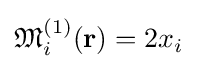
{\mathfrak {M}}_{i}^{(1)}(\mathbf {r} )=2x_{i}